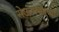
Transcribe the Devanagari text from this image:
सेऊणचंद्रच्या